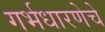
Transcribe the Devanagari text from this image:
गर्भधारणेचे